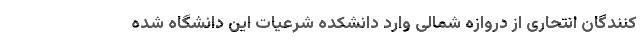
کنندگان انتحاری از دروازه شمالی وارد دانشکده شرعیات این دانشگاه شده